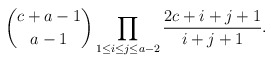
\begin{align*} \binom {c+a-1}{a-1}\prod _{1\le i\le j\le a-2} ^{}\frac {2c+i+j+1} {i+j+1}.\end{align*}